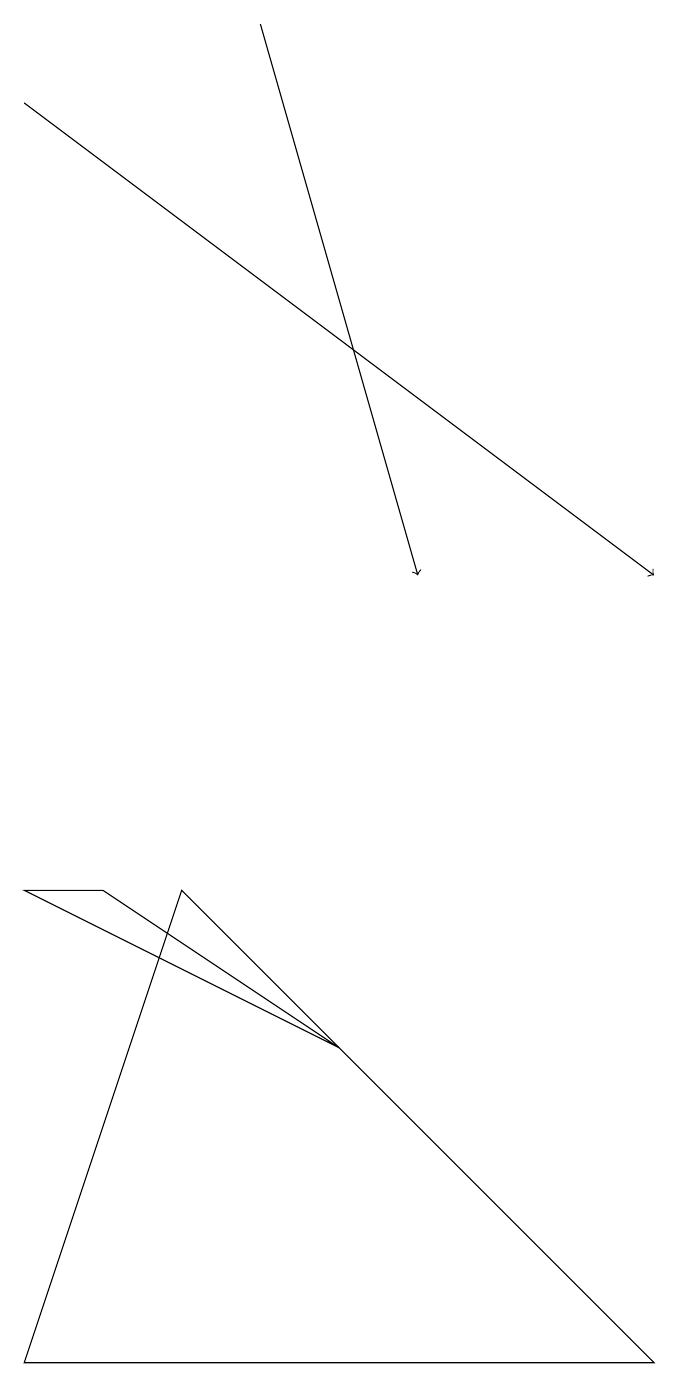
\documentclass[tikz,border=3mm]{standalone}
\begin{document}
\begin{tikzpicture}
\draw[->] (3,19) -- (5,12);
\draw (2,8) -- (0,2) -- (8,2) -- cycle;
\draw[->] (0,18) -- (8,12);
\draw (1,8) -- (0,8) -- (4,6) -- cycle;
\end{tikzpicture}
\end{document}